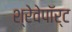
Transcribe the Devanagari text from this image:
श्रेवेपाॅर्ट